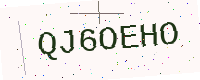
Text: QJ6OEHO